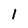
Character: 1